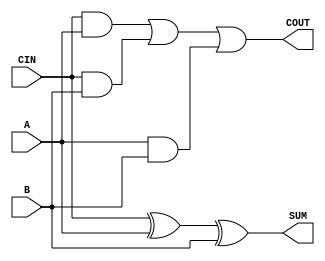
`timescale 1ns / 1ps
//////////////////////////////////////////////////////////////////////////////////
// Company: 
// Engineer: 
// 
// Design Name: 
// Module Name: Mbledhesi_1bit
// Project Name: 
// Target Devices: 
// Tool Versions: 
// Description: 
// 
// Dependencies: 
// 
// Revision:
// Revision 0.01 - File Created
// Additional Comments:
// 
//////////////////////////////////////////////////////////////////////////////////


module Mbledhesi_1bit(
    input A,
    input B,
    input CIN,
    output SUM,
    output COUT
    );
    
    assign SUM = CIN ^ A ^ B;
    assign COUT = CIN & A | CIN & B | A & B;
endmodule